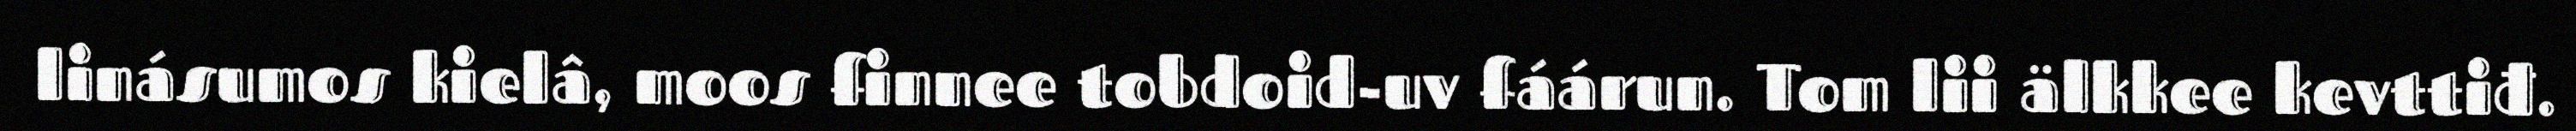
linásumos kielâ, moos finnee tobdoid-uv fáárun. Tom lii älkkee kevttiđ.